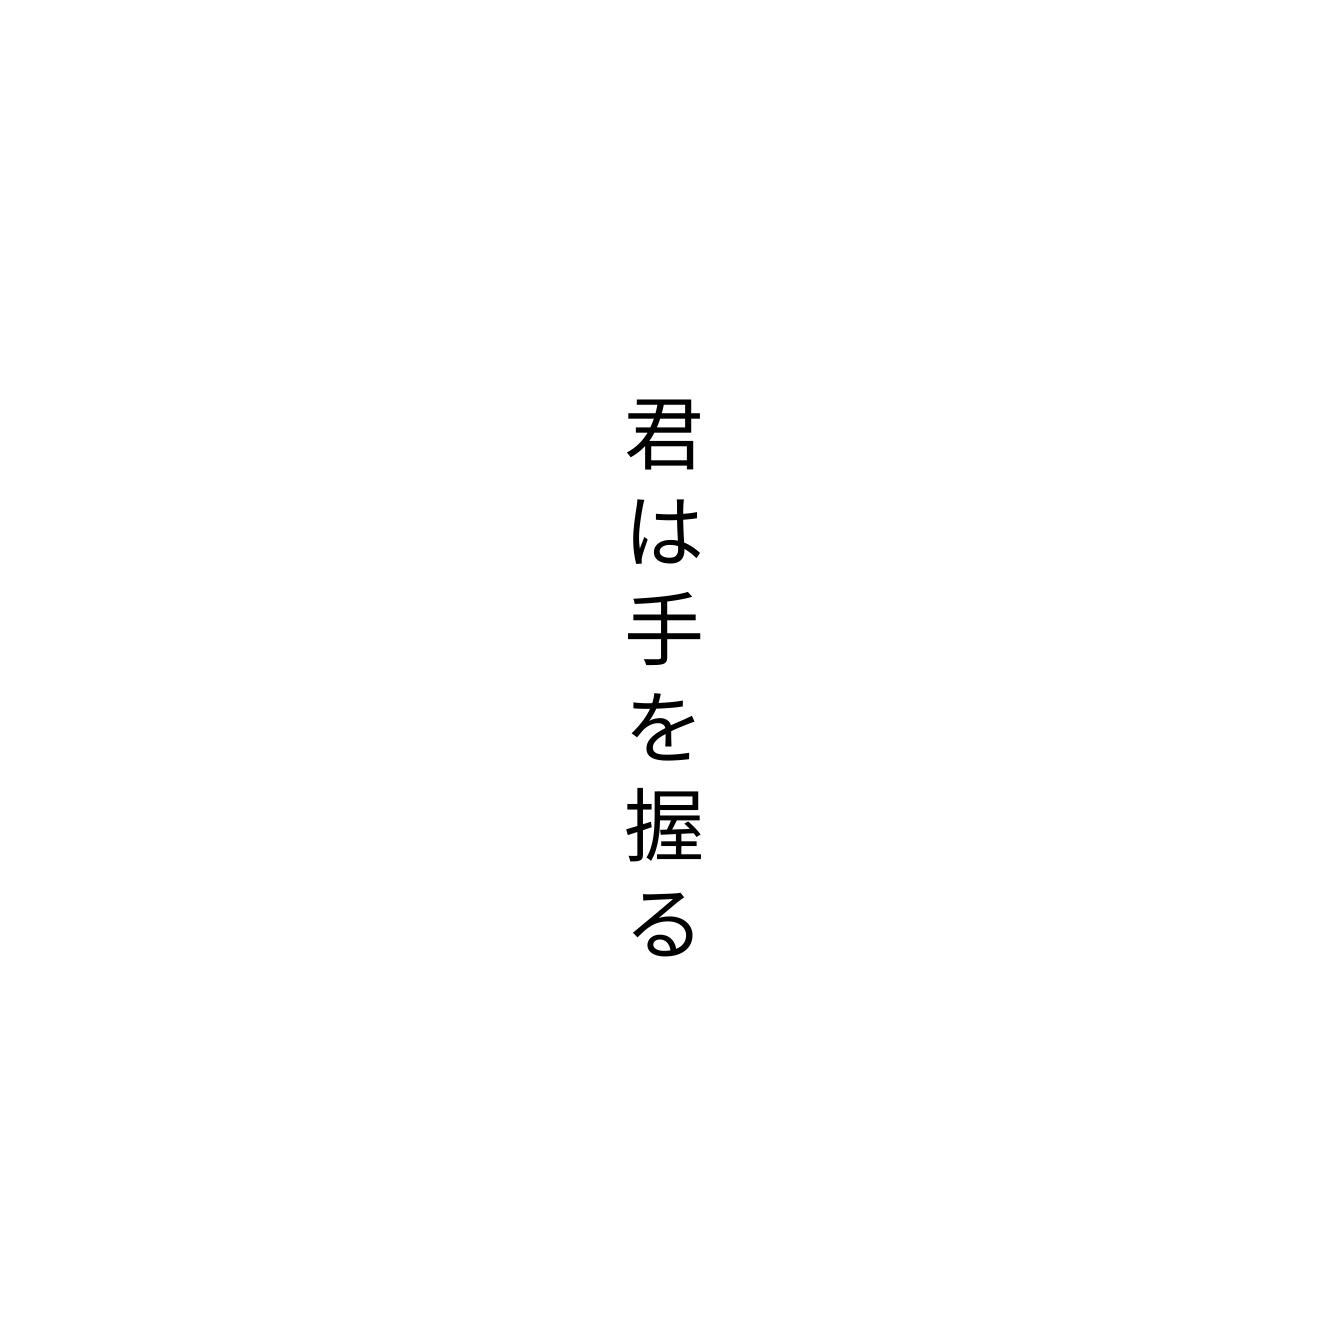
君は手を握る